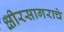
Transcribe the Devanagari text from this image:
क्षीरसागराचे